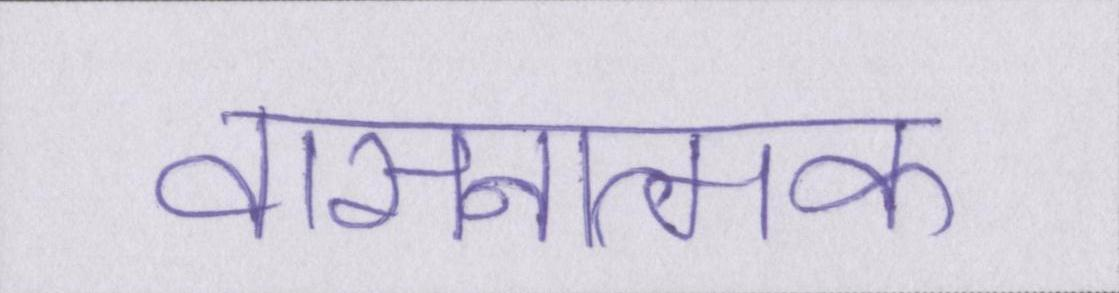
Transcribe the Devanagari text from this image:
वासनात्मक